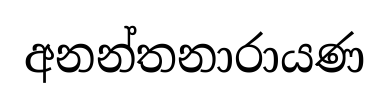
අනන්තනාරායණ